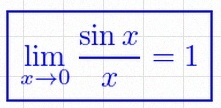
\lim_{x\to0}\frac{\sin x}{x}=1